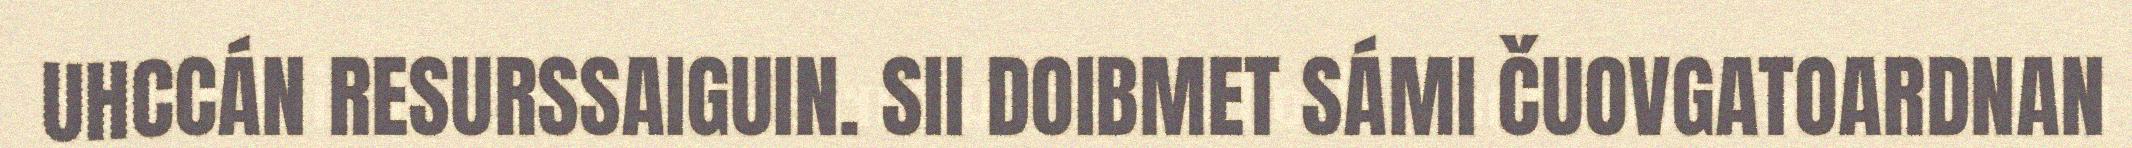
UHCCÁN RESURSSAIGUIN. SII DOIBMET SÁMI ČUOVGATOARDNAN